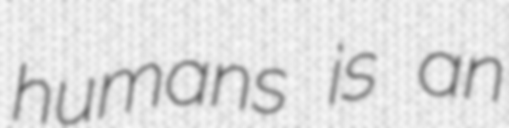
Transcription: humans is an